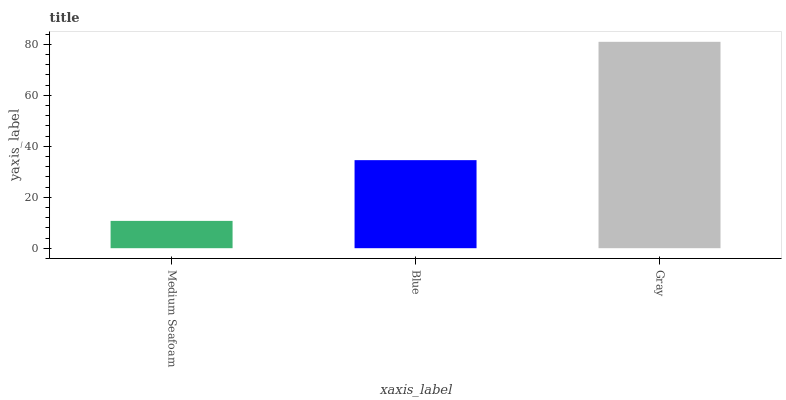
| xaxis_label | bars |
 | --- | --- |
 | Medium Seafoam | 10.7 |
 | Blue | 34.5 |
 | Gray | 81 |